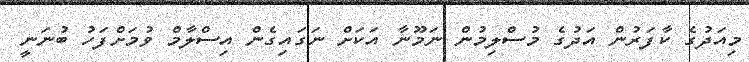
މިއަދުގެ ކާފަރުން އަދުގެ މުސްލިމުން ނަމޫނާ އަކަށް ނަގައިގެން އިސްލާމް ވުމަށްފަހު ބުނަނީ